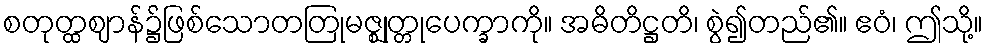
စတုတ္ထဈာန်၌ဖြစ်သောတတြုမဇ္ဈုတ္တုပေက္ခာကို။ အဓိတိဋ္ဌတိ၊ စွဲ၍တည်၏။ ဧဝံ၊ ဤသို့။